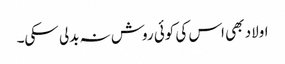
اولاد بھی اس کی کوئی روش نہ بدلی سکی۔